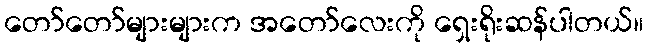
တော်တော်များများက အတော်လေးကို ရှေးရိုးဆန်ပါတယ်။